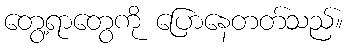
တွေ့ရာတွေကို ပြောနေတတ်သည်။